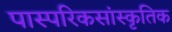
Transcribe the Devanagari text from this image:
पास्परिकसांस्कृतिक